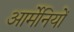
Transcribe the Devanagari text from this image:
आर्मेनियों